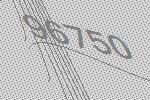
96750